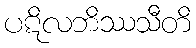
ပဋိလဘိဿသီတိ